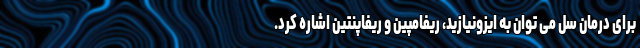
برای درمان سل می توان به ایزونیازید، ریفامپین و ریفاپنتین اشاره کرد.